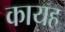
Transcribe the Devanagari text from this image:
कायह